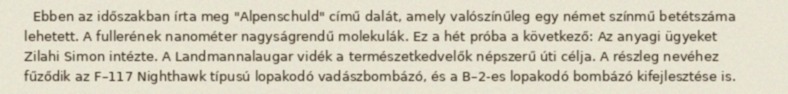
Ebben az időszakban írta meg "Alpenschuld" című dalát, amely valószínűleg egy német színmű betétszáma lehetett. A fullerének nanométer nagyságrendű molekulák. Ez a hét próba a következő: Az anyagi ügyeket Zilahi Simon intézte. A Landmannalaugar vidék a természetkedvelők népszerű úti célja. A részleg nevéhez fűződik az F–117 Nighthawk típusú lopakodó vadászbombázó, és a B–2-es lopakodó bombázó kifejlesztése is.